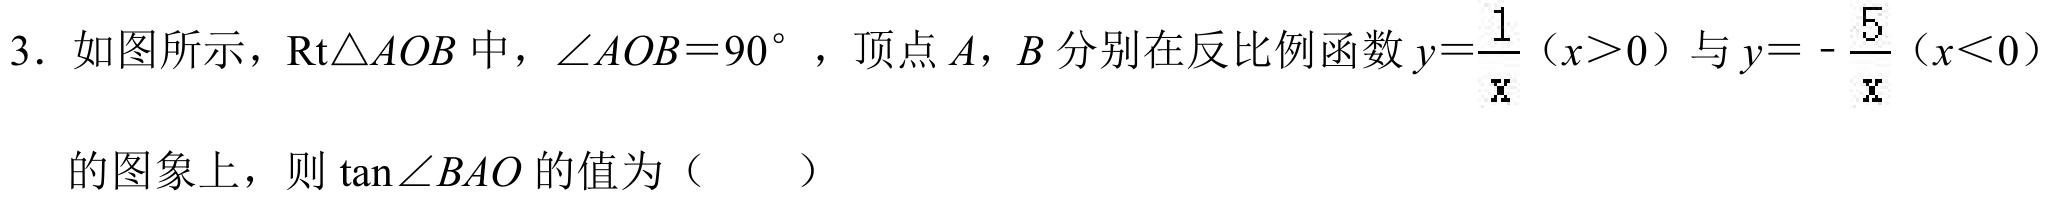
3. 如图所示，\(\text{Rt}\triangle AOB\)中，\(\angle AOB = 90^{\circ}\)，顶点\(A\)，\(B\)分别在反比例函数\(y=\dfrac{1}{x}(x > 0)\)与\(y = -\dfrac{5}{x}(x < 0)\)
的图象上，则\(\tan\angle BAO\)的值为（  ）